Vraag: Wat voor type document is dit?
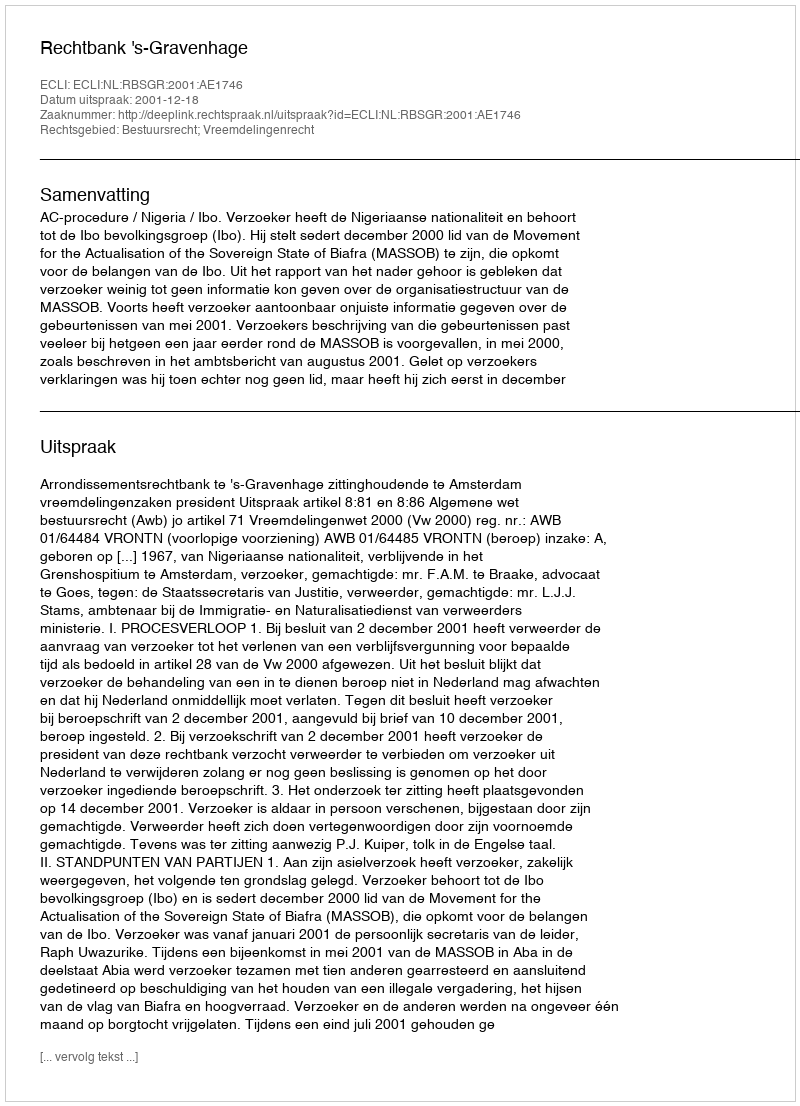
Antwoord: Uitspraak